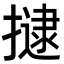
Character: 𭢡